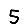
Digit: 5